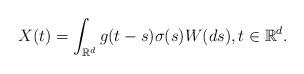
LaTeX: \begin{align*}X(t) &= \int_{\mathbb{R}^d}g(t-s)\sigma(s)W(ds), t \in \mathbb{R}^d.\end{align*}